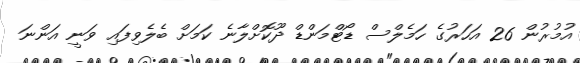
އުމުރުން 26 އަަހަރުގެ ހަމެލްސް ޑޯޓްމަންޑް ދޫކޮށްލާނެ ކަމަށް ބެލެވިފައި ވަނީ އަންނަ